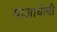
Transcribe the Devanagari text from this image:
याआधीची